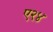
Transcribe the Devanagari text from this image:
ए२४